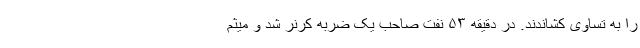
را به تساوی کشاندند. در دقیقه ۵۳ نفت صاحب یک ضربه کرنر شد و میثم